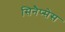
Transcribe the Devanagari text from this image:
सिनैप्सेस